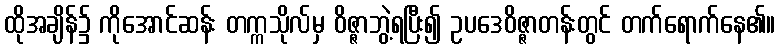
ထိုအချိန်၌ ကိုအောင်ဆန်း တက္ကသိုလ်မှ ဝိဇ္ဇာဘွဲ့ရပြီး၍ ဥပဒေဝိဇ္ဇာတန်းတွင် တက်ရောက်နေ၏။